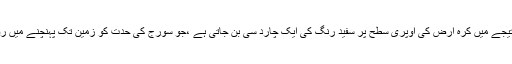
اس کے نتیجے میں کرہ ارض کی اوپری سطح پر سفید رنگ کی ایک چارد سی بن جاتی ہے ،جو سورج کی حدت کو زمین تک پہنچنے میں روکتی ہے۔